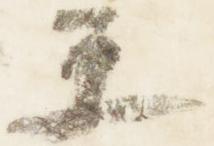
楽